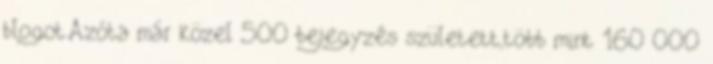
blogot.Azóta már közel 500 bejegyzés született,több mint 160 000